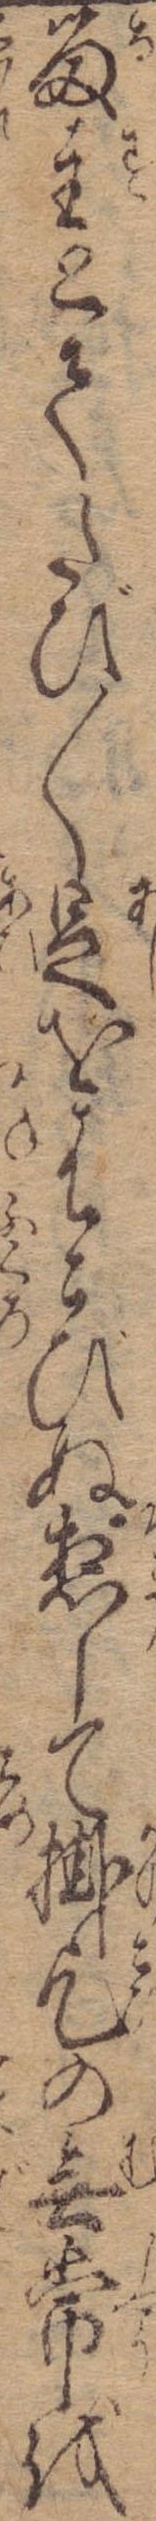
留主とてたび〱足をはこびぬ惣じて掛乞の無常を